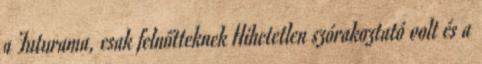
a Futurama, csak felnőtteknek Hihetetlen szórakoztató volt és a